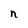
Character: n